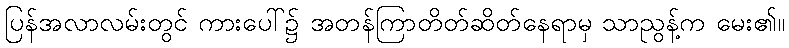
ပြန်အလာလမ်းတွင် ကားပေါ်၌ အတန်ကြာတိတ်ဆိတ်နေရာမှ သာညွန့်က မေး၏။